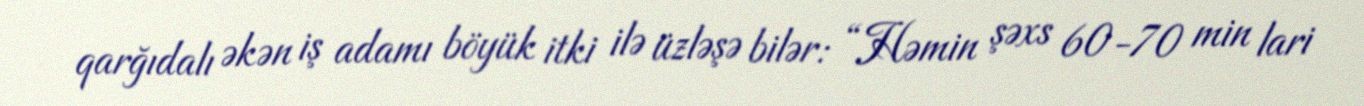
qarğıdalı əkən iş adamı böyük itki ilə üzləşə bilər: “Həmin şəxs 60-70 min lari